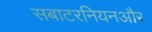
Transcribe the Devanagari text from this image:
सबाटरनियनऔर